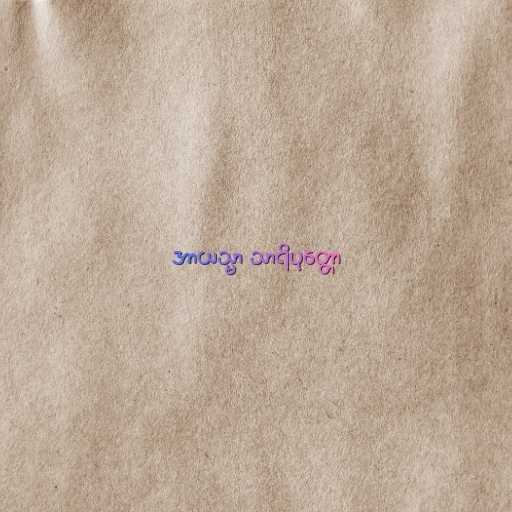
အာယသ္မာ သာရိပုတ္တော